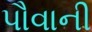
પૌવાની